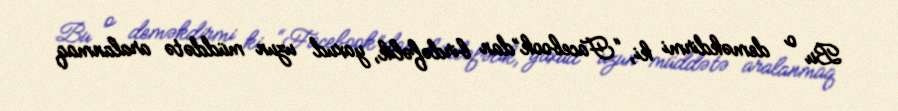
Bu o deməkdirmi ki, “Facebook”dan birdəfəlik, yaxud uzun müddətə aralanmaq